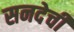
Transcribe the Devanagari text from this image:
सनदेची